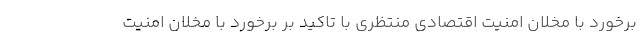
برخورد با مخلان امنیت اقتصادی منتظری با تاکید بر برخورد با مخلان امنیت